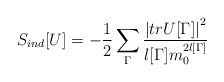
\begin{align*}S_{ind}[U] = - \frac{1}{2}\sum_{\Gamma} \frac{\left|tr U[\Gamma]\right|^2}{l[\Gamma] m_0^{2 l[\Gamma]}}\end{align*}